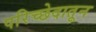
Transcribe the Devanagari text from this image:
परिच्छेदातून